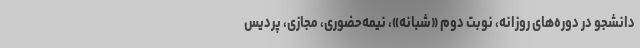
دانشجو در دوره‌های روزانه، نوبت دوم «شبانه»، نیمه‌حضوری، مجازی، پردیس